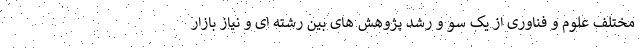
مختلف علوم و فناوری از یک سو و رشد پژوهش های بین رشته ای و نیاز بازار